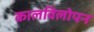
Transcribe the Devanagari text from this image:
कालविलोपन